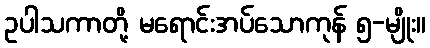
ဥပါသကာတို့ မရောင်းအပ်သောကုန် ၅-မျိုး။